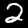
Label: 2